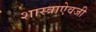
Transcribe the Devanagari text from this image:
शास्त्राऐवजी